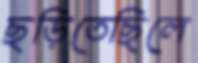
ছড়িতেছিলে